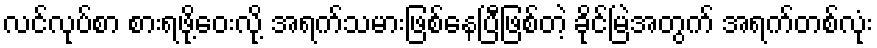
လင်လုပ်စာ စားရဖို့ဝေးလို့ အရက်သမားဖြစ်နေပြီဖြစ်တဲ့ ခိုင်မြဲအတွက် အရက်တစ်လုံး